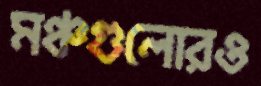
মঞ্চগুলোরও